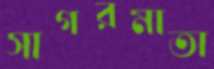
সাগরমাতা